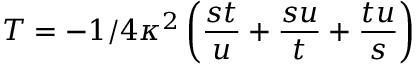
T = - 1 / 4 \kappa ^ { 2 } \left( \frac { s t } { u } + \frac { s u } { t } + \frac { t u } { s } \right)